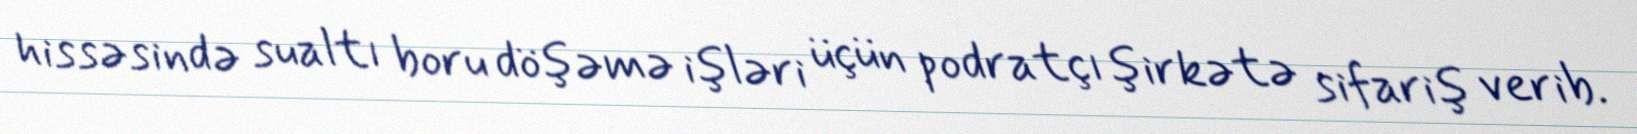
hissəsində sualtı boru döşəmə işləri üçün podratçı şirkətə sifariş verib.